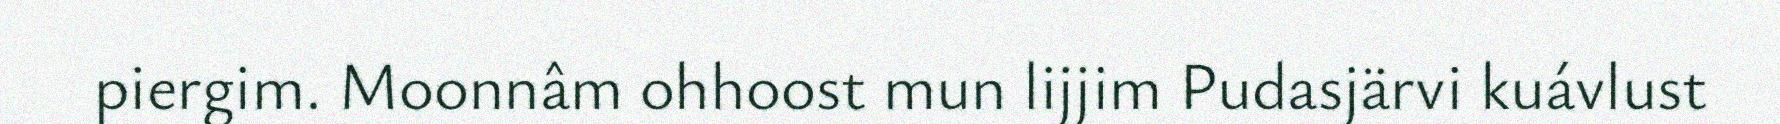
piergim. Moonnâm ohhoost mun lijjim Pudasjärvi kuávlust